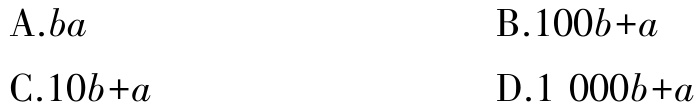
A.$ba$

B.$100b + a$

C.$10b + a$

D.$1\ 000b + a$